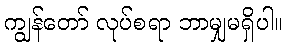
ကျွန်တော် လုပ်စရာ ဘာမျှမရှိပါ။